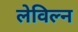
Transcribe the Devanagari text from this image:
लेविल्न